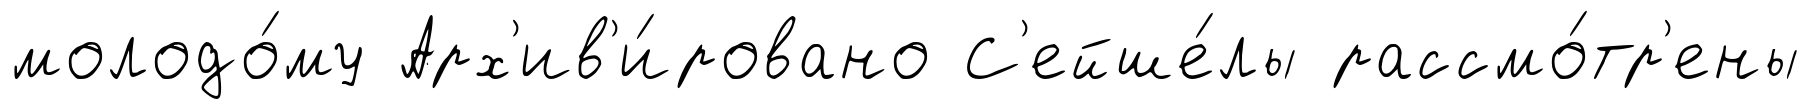
молодо́му Арх'ив'и́ровано С'ейше́лы рассмо́тр'ены